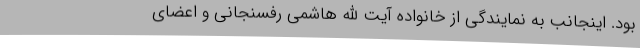
بود. اینجانب به نمایندگی از خانواده آیت الله هاشمی رفسنجانی و اعضای